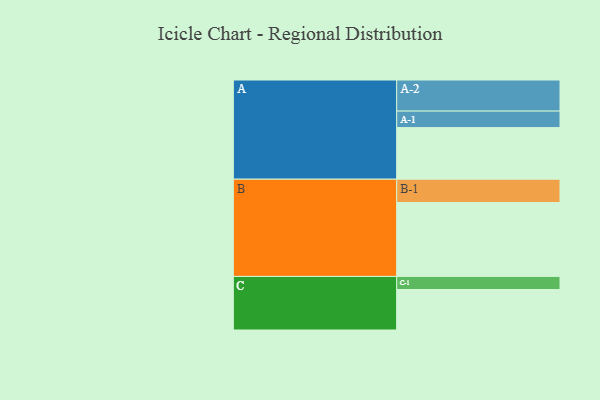
{"axis": {"x": "Segment", "y": "Value"}, "legend": ["", "A", "B", "C"], "data": [{"x": "A", "y": 390, "type": ""}, {"x": "B", "y": 559, "type": ""}, {"x": "C", "y": 306, "type": ""}, {"x": "A-1", "y": 125, "type": "A"}, {"x": "A-2", "y": 235, "type": "A"}, {"x": "B-1", "y": 176, "type": "B"}, {"x": "C-1", "y": 99, "type": "C"}]}